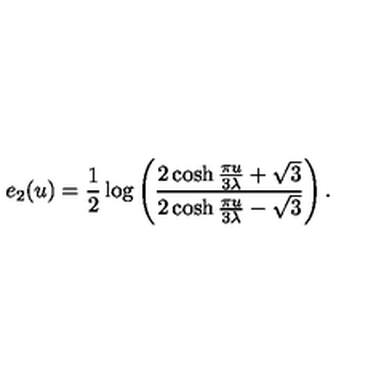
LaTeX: e _ { 2 } ( u ) = \frac { 1 } { 2 } \log \left( \frac { 2 \cosh \frac { \pi u } { 3 \lambda } + \sqrt { 3 } } { 2 \cosh \frac { \pi u } { 3 \lambda } - \sqrt { 3 } } \right) .